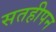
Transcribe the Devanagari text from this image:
सतहीपन